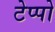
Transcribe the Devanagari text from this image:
टेप्पो